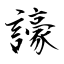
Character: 譹